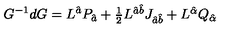
G ^ { - 1 } d G = L ^ { \hat { a } } P _ { \hat { a } } + \textstyle { \frac { 1 } { 2 } } L ^ { \hat { a } \hat { b } } J _ { \hat { a } \hat { b } } + L ^ { \hat { \alpha } } Q _ { \hat { \alpha } }